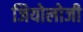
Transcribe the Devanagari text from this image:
जियोलोजी